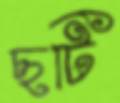
ছটি